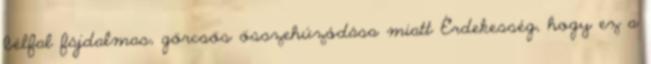
bélfal fájdalmas, görcsös összehúzódása miatt Érdekesség, hogy ez a